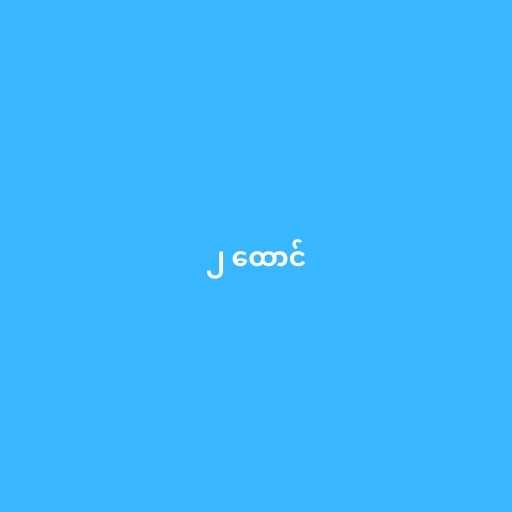
၂ ထောင်